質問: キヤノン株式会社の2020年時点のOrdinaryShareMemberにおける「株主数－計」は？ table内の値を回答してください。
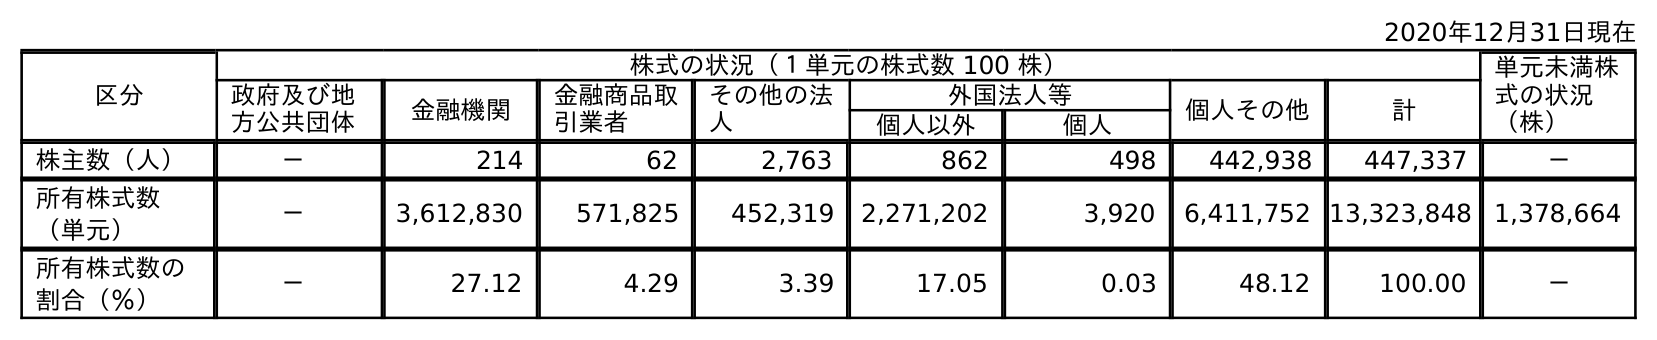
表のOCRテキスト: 2020年12月31日現在 区分 株式の状況（１単元の株式数 100 株） 単元未満株 式の状況 （株） 政府及び地 方公共団体 金融機関 金融商品取 引業者 その他の法 人 外国法人等 個人その他 計 個人以外 個人 株主数（人） － 214 62 2,763 862 498 442,938 447,337 － 所有株式数 （単元） － 3,612,830 571,825 452,319 2,271,202 3,920 6,411,752 13,323,848 1,378,664 所有株式数の 割合（％） － 27.12 4.29 3.39 17.05 0.03 48.12 100.00 －
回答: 447,337